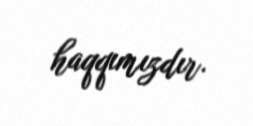
haqqımızdır.